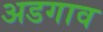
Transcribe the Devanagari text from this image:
अडगाव